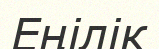
Еңілік